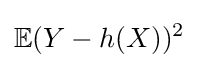
\mathbb {E} (Y-h(X))^{2}